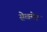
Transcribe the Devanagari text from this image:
सेखमेट